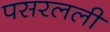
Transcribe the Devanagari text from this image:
पसरलली